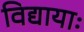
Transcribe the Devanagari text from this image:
विद्यायाः